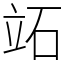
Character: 䇉